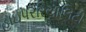
હાઇપરરિયાલિટી